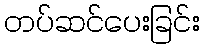
တပ်ဆင်ပေးခြင်း